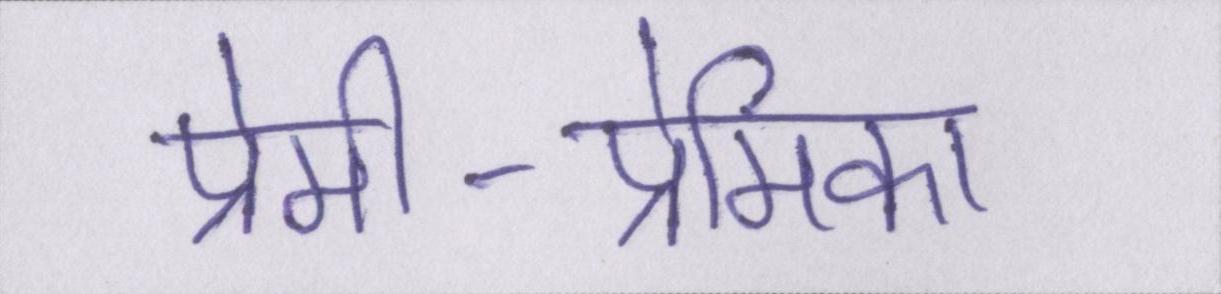
प्रेमी-प्रेमिका